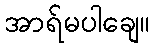
အာရ်မပါချေ။